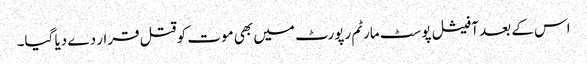
اس کے بعد آفیشل پوسٹ مارٹم رپورٹ میں بھی موت کو قتل قرار دے دیا گیا۔